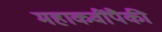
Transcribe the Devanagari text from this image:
महाकवींपैकी